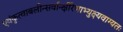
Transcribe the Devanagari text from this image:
एवंकृत्वाबलीन्सर्वान्क्षीरेणाभ्युक्ष्यवाग्यतः